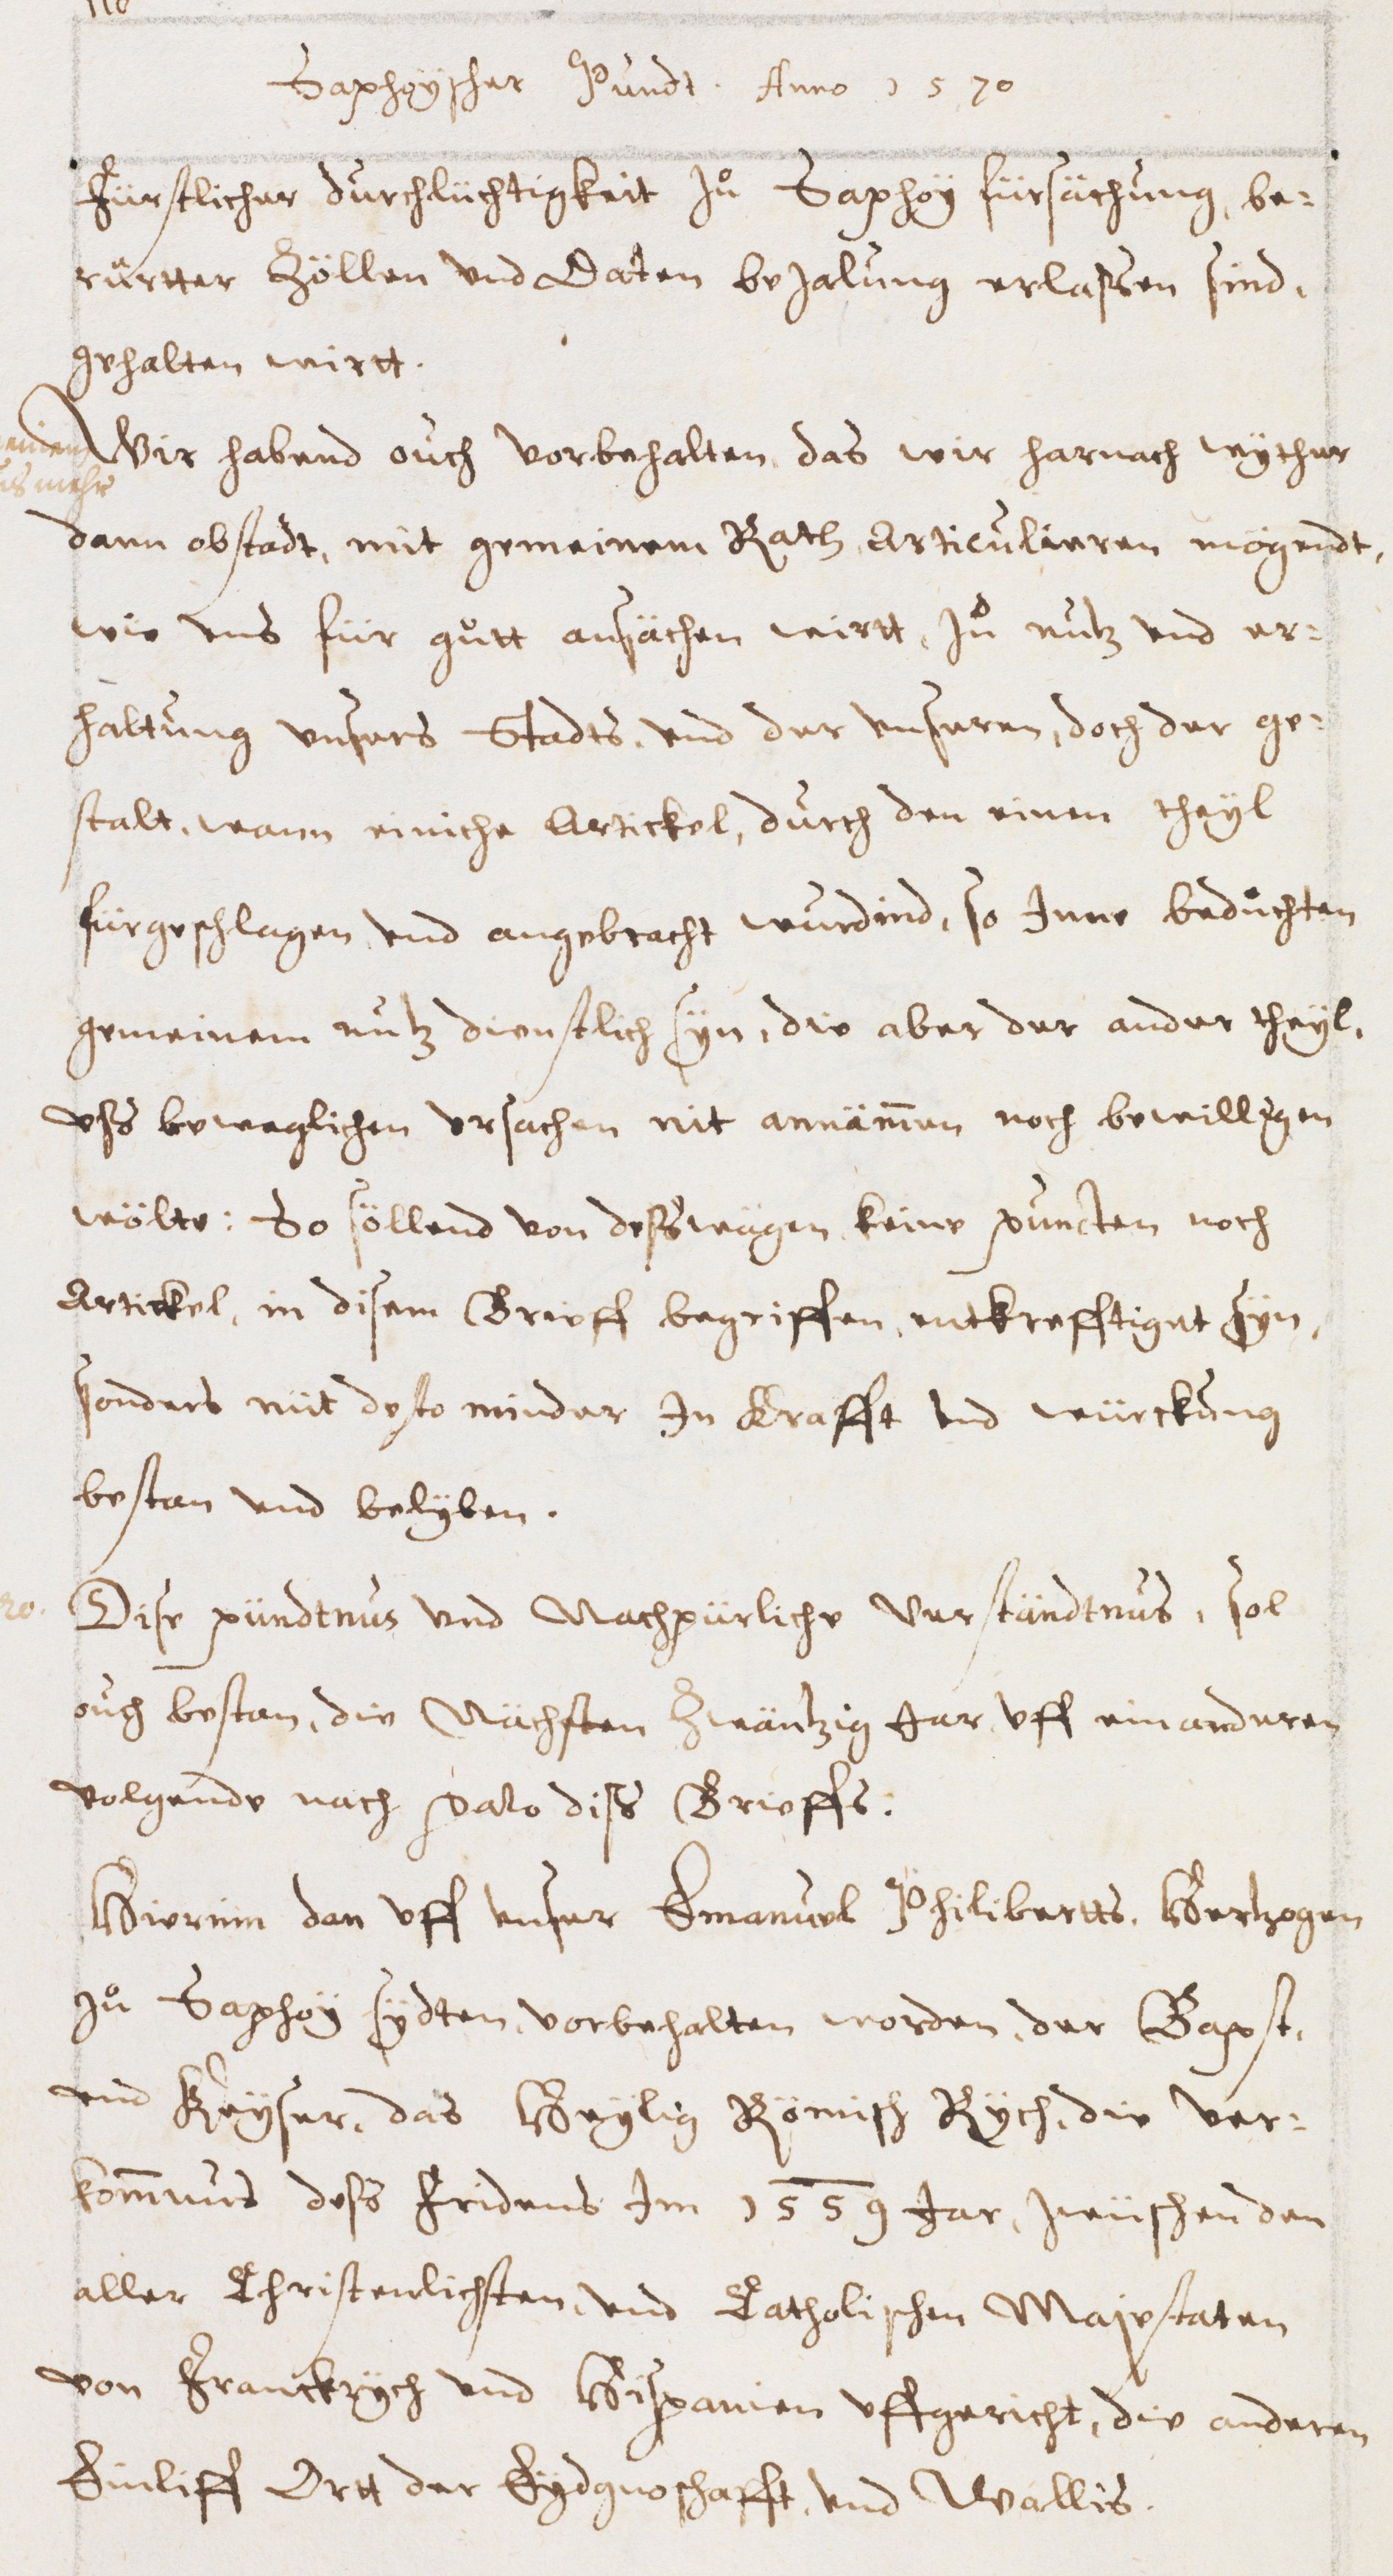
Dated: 1600–1699